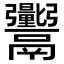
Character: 𬴼